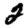
Digit: 2